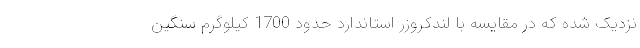
نزدیک شده که در مقایسه با لندکروزر استاندارد حدود 1700 کیلوگرم سنگین